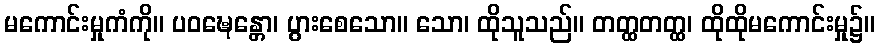
မကောင်းမှုကံကို။ ပဝဍ္ဎေန္တော၊ ပွားစေသော။ သော၊ ထိုသူသည်။ တတ္ထတတ္ထ၊ ထိုထိုမကောင်းမှု၌။